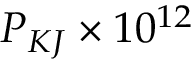
P _ { K J } \times 1 0 ^ { 1 2 }